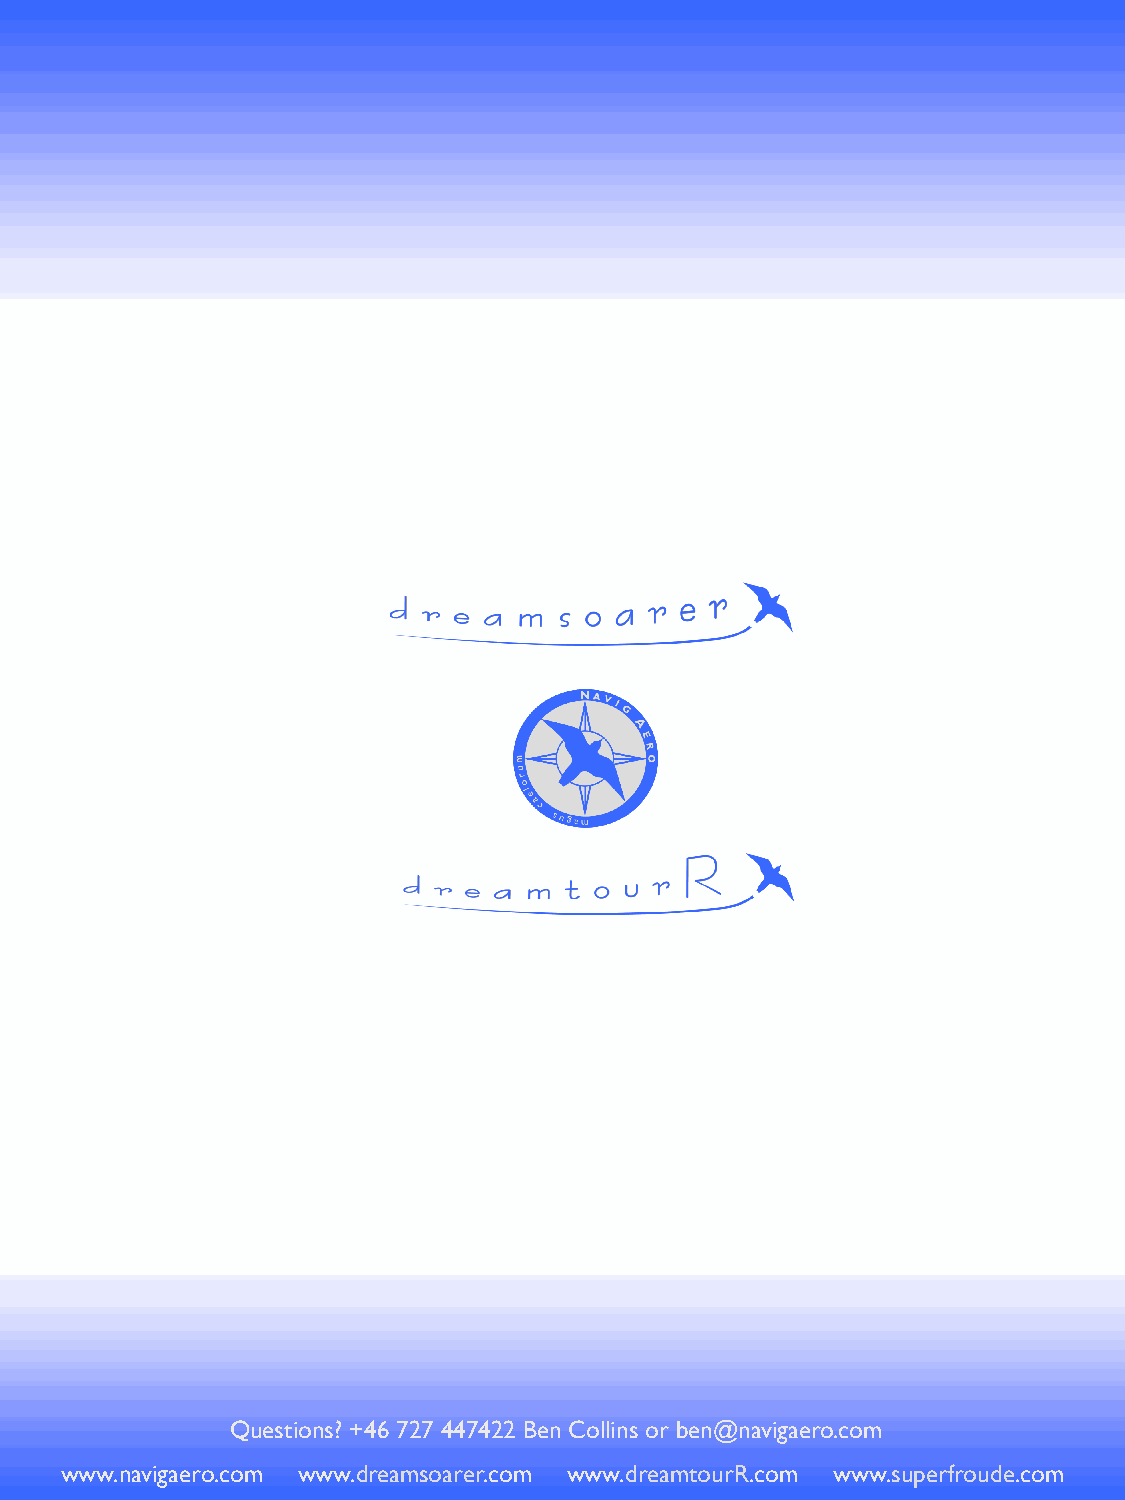
Questions? +46 727 447422 Ben Collins or ben@navigaero.com
 P r o s p e c t u s : N a v i g A e r o L i m i t e d : C o p y r i g h t B e n C o l l i n s
 www.navigaero.com www.dreamsoarer.com www.dreamtourR.com www.superfroude.com